Vaccination in Bombay 1924-1928 - 1924-1928
Year: 1924
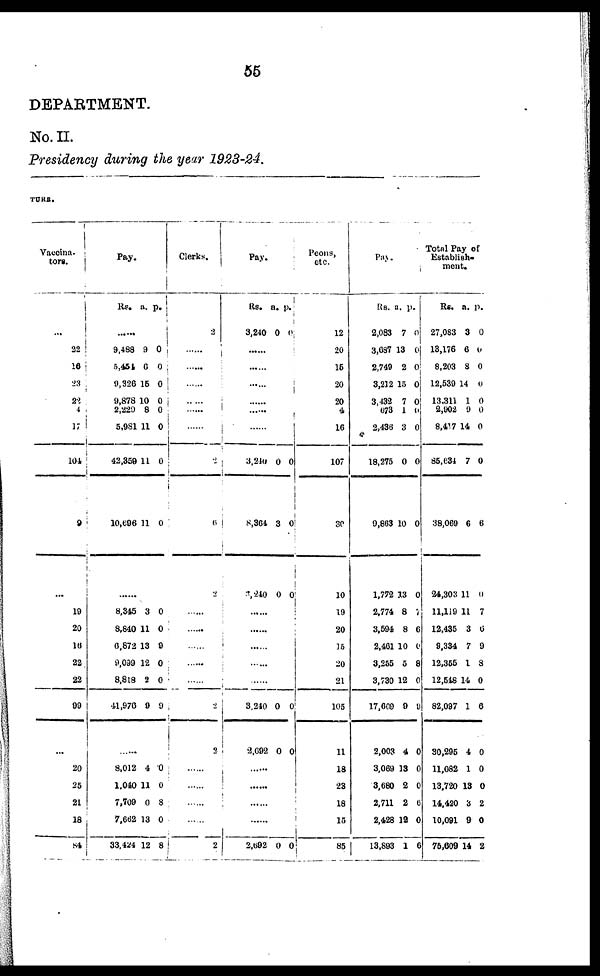
55
DEPARTMENT.
No. II.
Presidency during the year 1923-24.
TURE.
Vaccina¬
tors.
22
16
23
22
4
17
104
9
...
19
20
16
22
22
99
...
20
25
21
18
84
Pay.
Rs. a. P.
......
9,488
5,451
9,326
9,878
2,229
5,981
42,359
l0,696
9
6
15
10
8
11
11
11
0
0
0
0
0
0
0
0
......
8,345
8,840
6,872
9,099
8,818
41,976
3
11
13
12
2
9
0
0
9
0
0
9
......
8,012
1,040
7,709
7,662
33,424
4
11
0
13
12
0
0
8
0
8
Clerks.
2
......
......
......
......
......
......
6
2
......
......
......
......
......
2
2
......
......
......
......
2
Pay.
Rs.
3,240
a.
0
p.
0
......
......
......
......
......
3,240
8,364
3,240
0
3
0
0
0
0
......
......
......
......
3,240
2,092
0
0
0
0
......
......
......
......
2,692 0 0
Peons,
etc.
12
20
16
20
20
4
16
107
30
10
19
20
15
20
21
105
11
18
23
18
15
85
Pay.
Rs.
2,083
3,687
2,749
3,212
3,432
673
2,436
18,275
9,863
1,772
2,774
3,594
2,461
3,255
3,730
17,609
2,003
3,069
3,680
2,711
2,428
13,893
a.
7
13
2
15
7
1
3
0
10
13
8
8
10
5
12
9
4
13
2
2
12
1
p.
0
0
0
0
0
0
0
0
0
0
7
6
0
8
0
9
0
0
0
6
0
6
Total Pay of
Establish-
ment.
Rs.
27,083
13,176
8,203
12,539
13,311
2,902
8,417
85,634
38,069
24,303
11,119
12,435
9,334
12,355
12,548
82,097
30,295
11,082
13,720
14,420
10,091
75,609
a.
3
6
8
14
1
0
14
7
6
11
11
3
7
1
14
1
4
1
13
3
9
14
p.
0
0
0
0
0
0
0
0
6
0
7
6
9
8
0
6
0
0
0
2
0
2